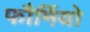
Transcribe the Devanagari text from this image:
फौर्मियो